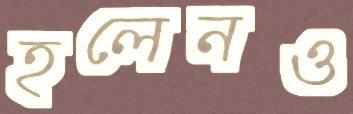
হলেনও